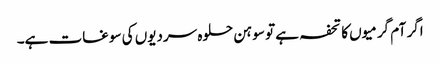
اگر آم گرمیوں کا تحفہ ہے تو سوہن حلوہ سردیوں کی سوغات ہے۔